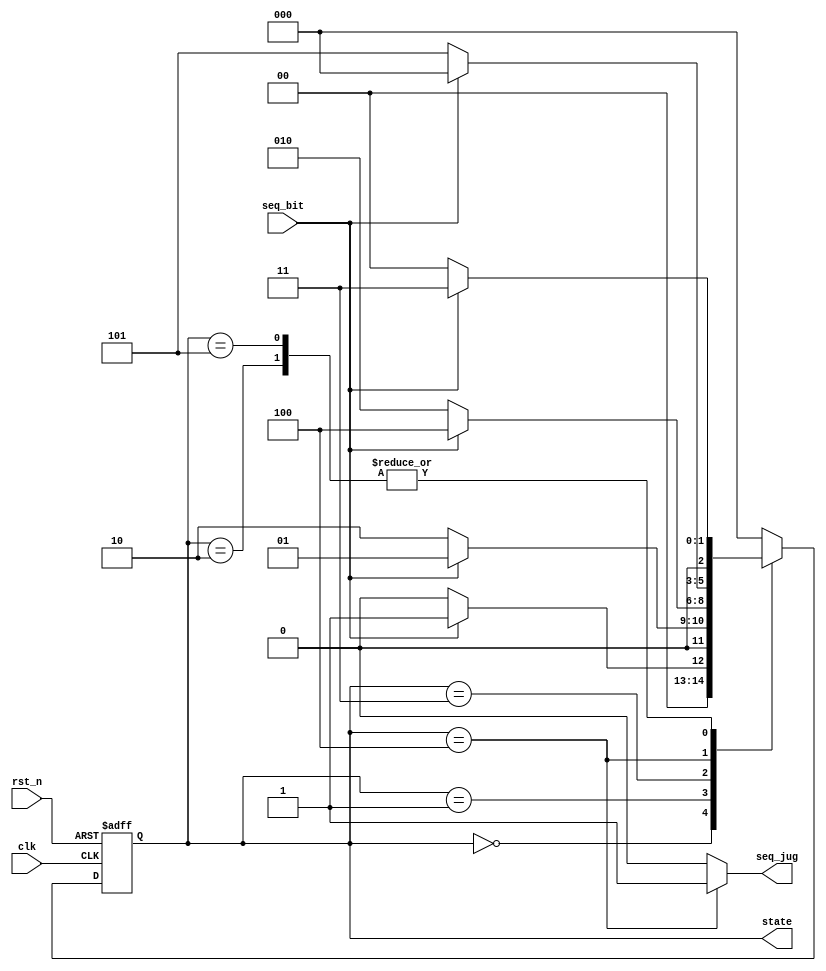
// Sequence Signal Detector
module ssd(
	input wire clk,
	input wire rst_n,
	input wire seq_bit,

	output wire seq_jug,
	output reg [2:0] state
	);
	
	// parameter
	// parameter [15:0] seq_pre =  16'b0000_1101_1001_0101;
	// parameter [4:0] seq_dec = 5'b10110;
	
	// Sequence state coding
	parameter idle = 3'b000, s1 = 3'b001, s2 = 3'b010,
				s3 = 3'b011, s4 = 3'b100, s5 = 3'b101; 
	
	
	// State machine implementation
	always@(posedge clk, negedge rst_n)begin
		if(~rst_n) state <= idle;
		else begin
			case(state)
				idle: begin
					//seq_jug <= 1'b0;
					if(seq_bit == 1'b1) state <= s1;
					else state <= idle;
				end
				s1:begin
					//seq_jug <= 1'b0;
					if(seq_bit == 1'b0) state <= s2;
					else state <= s1;
				end
				s2:begin
					//seq_jug <= 1'b0;
					if(seq_bit == 1'b1) state <= s3;
					else state <= idle;
				end
				s3:begin
					//seq_jug <= 1'b0;
					if(seq_bit == 1'b1) state <= s4;
					else state <= s2;
				end
				s4:begin
					//seq_jug <= 1'b0;
					if(seq_bit == 1'b0) state <= s5;
					else state <= idle;
				end
				s5:begin
					//seq_jug <= 1'b0;
					if(seq_bit == 1'b0) state <= idle;
					else state <= s3;
				end
				default: state <= idle;
			endcase
		end
	end

	assign seq_jug = (state == s4) ? 1'b1:1'b0;

endmodule